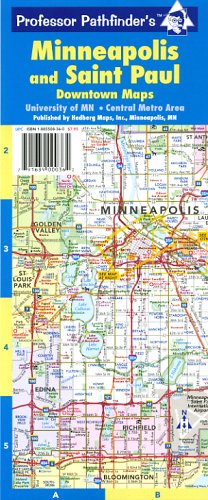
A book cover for Minneapolis and Saint Paul (Minneapolis & Saint Paul: Downtown Maps); Map Link; Travel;